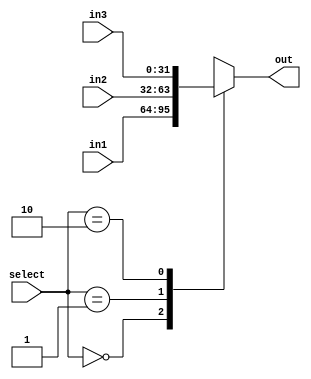
// mux_3x1.v

module mux_3x1
#(parameter DATA_WIDTH = 32)(
  input [1:0] select,
  input [DATA_WIDTH-1:0] in1,
  input [DATA_WIDTH-1:0] in2,
  input [DATA_WIDTH-1:0] in3,
  
  output reg [DATA_WIDTH-1:0] out
);

// combinational logic
always @ (*) begin
  case(select)
    2'b00: out = in1;
    2'b01: out = in2;
    2'b10: out = in3;
    default: out = 32'hxxxx_xxxx; // should never fall here
  endcase
end

endmodule